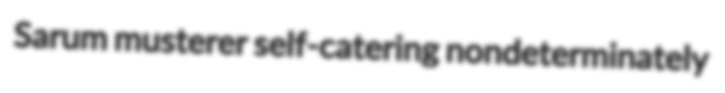
Sarum musterer self-catering nondeterminately